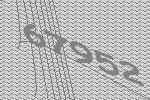
67952